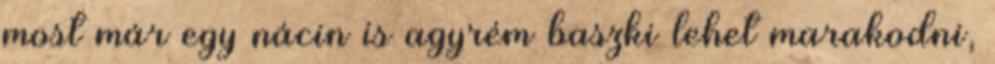
most már egy nácin is agyrém baszki lehet marakodni,